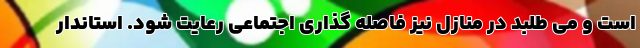
است و می طلبد در منازل نیز فاصله گذاری اجتماعی رعایت شود. استاندار